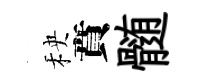
秧賁髄